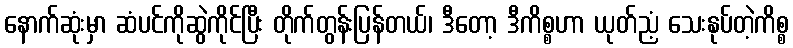
နောက်ဆုံးမှာ ဆံပင်ကိုဆွဲကိုင်ပြီး တိုက်တွန်းပြန်တယ်၊ ဒီတော့ ဒီကိစ္စဟာ ယုတ်ညံ့ သေးနုပ်တဲ့ကိစ္စ